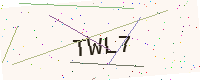
Text: TWL7